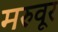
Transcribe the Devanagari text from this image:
मरुवूर